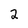
Character: 2